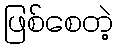
ဖြစ်စေတဲ့